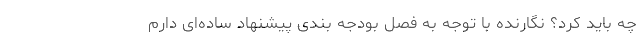
چه باید کرد؟ نگارنده با توجه به فصل بودجه بندی پیشنهاد ساده‌ای دارم